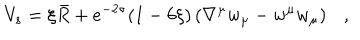
V _ { s } = \xi \bar { R } + e ^ { - 2 \sigma } ( 1 - 6 \xi ) \left( \nabla ^ { \mu } w _ { \mu } - w ^ { \mu } w _ { \mu } \right) ,